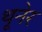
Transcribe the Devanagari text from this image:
थूनेर